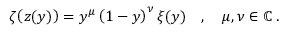
\zeta \! \left( z ( y ) \right) = y ^ { \mu } \left( 1 - y \right) ^ { \nu } \xi ( y ) \quad , \quad \mu , \nu \in \mathbb { C } \; .